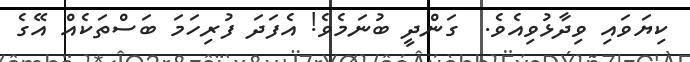
ކިޔަވައި ވިދާޅުވިއެވެ.  ގަންދީ ބުނަމެވެ! އެފަދަ ފުރިހަމަ ބަސްތަކެއް އޭގެ